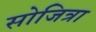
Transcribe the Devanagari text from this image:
सोजित्रा